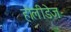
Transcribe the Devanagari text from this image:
होलीडेज